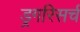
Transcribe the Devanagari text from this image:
ड्रगरिसर्च